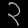
Digit: ၃